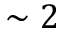
\sim { 2 }